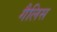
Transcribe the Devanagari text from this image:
गैलिस